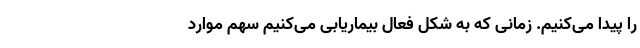
را پیدا می‌کنیم. زمانی که به شکل فعال بیماریابی می‌کنیم سهم موارد